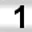
Digit: 1